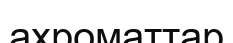
ахроматтар